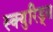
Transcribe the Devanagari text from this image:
स्क्युरिड्स